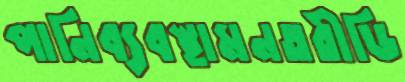
পানিব্যবস্থামনতরীডি